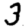
Digit: 3